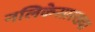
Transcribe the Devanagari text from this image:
नलिकेसारख्या